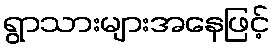
ရွာသားများအနေဖြင့်